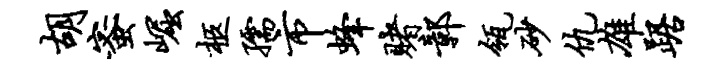
胡蜜崛柩孺市蜂赌鄣瓴砂仇雄踞